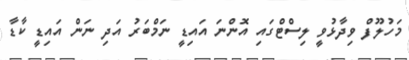
މަހުލޫފް ވިދާޅުވީ ލިސްޓްގައި އޮންނަ އައިޑީ ނަމްބަރު އަދި ނަން އައިޑީ ކާޑާ